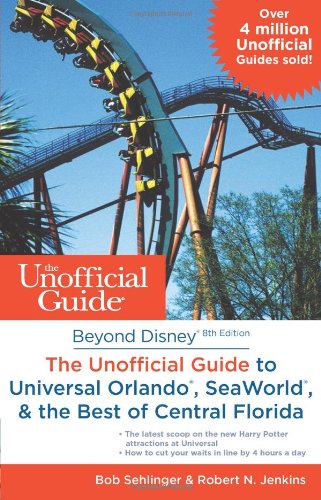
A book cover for Beyond Disney: The Unofficial Guide to Universal Orlando, SeaWorld & the Best of Central Florida; Bob Sehlinger; Travel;